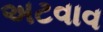
અટવાવ